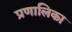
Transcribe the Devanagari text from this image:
प्रणालिका